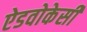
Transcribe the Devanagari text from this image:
ऐडवोकेसी